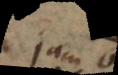
jam L